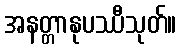
အနတ္တာနုပဿီသုတ်။